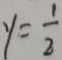
y = \frac { 1 } { 2 }